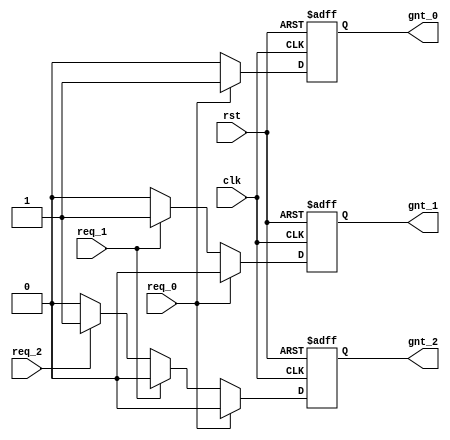
// This program was cloned from: https://github.com/JeffDeCola/my-verilog-examples
// License: MIT License

// A three level Priority Arbiter with asynchronous reset (using if-then-else statements).

module priority_arbiter_behavioral(
    input       clk,          // Clock  
    input       rst,          // Reset
    input       req_0,        // Request 0
    input       req_1,        // Request 1
    input       req_2,        // Request 2
    output reg  gnt_0,        // Grant 0
    output reg  gnt_1,        // Grant 1
    output reg  gnt_2         // Grant 2
);

    // ALWAYS BLOCK with NON-BLOCKING PROCEDURAL ASSIGNMENT STATEMENT
    always @ (posedge clk or posedge rst) begin
        if (rst) begin
            gnt_0 <= 0;
            gnt_1 <= 0;
            gnt_2 <= 0;
        end else if (req_0) begin
            gnt_0 <= 1;
            gnt_1 <= 0;
            gnt_2 <= 0;
        end else if (req_1) begin
            gnt_0 <= 0;
            gnt_1 <= 1;
            gnt_2 <= 0;
        end else if (req_2) begin
            gnt_0 <= 0;
            gnt_1 <= 0;
            gnt_2 <= 1;
        end else begin
            gnt_0 <= 0;
            gnt_1 <= 0;
            gnt_2 <= 0;
        end
    end

endmodule